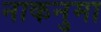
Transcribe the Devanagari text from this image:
नाकनुमा